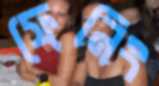
ফেনিং